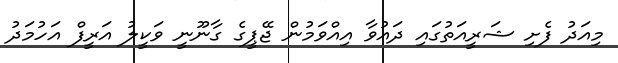
މިއަދު ފެށި ޝަރީއަތުގައި ދައުވާ އިއްވަމުން ޖޭޕީގެ ގާނޫނީ ވަކީލު އަރީފް އަހުމަދު